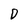
Character: D